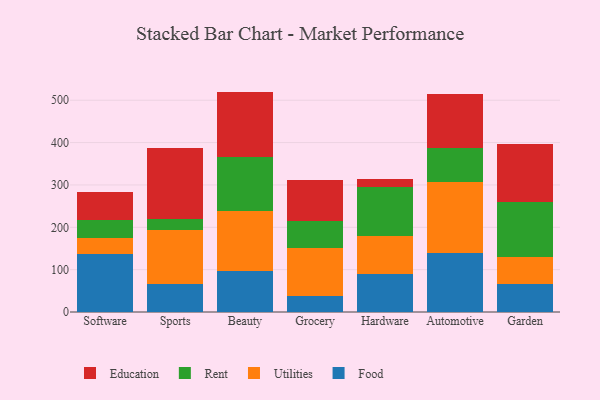
{"axis": {"x": "Category", "y": "Latency (ms)"}, "legend": ["Education", "Food", "Rent", "Utilities"], "data": [{"x": "Software", "y": 137.4, "type": "Food"}, {"x": "Software", "y": 36.4, "type": "Utilities"}, {"x": "Software", "y": 42.4, "type": "Rent"}, {"x": "Software", "y": 67.3, "type": "Education"}, {"x": "Sports", "y": 67.2, "type": "Food"}, {"x": "Sports", "y": 127.0, "type": "Utilities"}, {"x": "Sports", "y": 24.9, "type": "Rent"}, {"x": "Sports", "y": 168.6, "type": "Education"}, {"x": "Beauty", "y": 97.9, "type": "Food"}, {"x": "Beauty", "y": 141.6, "type": "Utilities"}, {"x": "Beauty", "y": 126.5, "type": "Rent"}, {"x": "Beauty", "y": 154.4, "type": "Education"}, {"x": "Grocery", "y": 38.7, "type": "Food"}, {"x": "Grocery", "y": 112.8, "type": "Utilities"}, {"x": "Grocery", "y": 62.8, "type": "Rent"}, {"x": "Grocery", "y": 97.0, "type": "Education"}, {"x": "Hardware", "y": 89.8, "type": "Food"}, {"x": "Hardware", "y": 89.5, "type": "Utilities"}, {"x": "Hardware", "y": 116.7, "type": "Rent"}, {"x": "Hardware", "y": 17.5, "type": "Education"}, {"x": "Automotive", "y": 138.6, "type": "Food"}, {"x": "Automotive", "y": 169.5, "type": "Utilities"}, {"x": "Automotive", "y": 79.0, "type": "Rent"}, {"x": "Automotive", "y": 126.5, "type": "Education"}, {"x": "Garden", "y": 65.2, "type": "Food"}, {"x": "Garden", "y": 63.5, "type": "Utilities"}, {"x": "Garden", "y": 130.8, "type": "Rent"}, {"x": "Garden", "y": 136.2, "type": "Education"}]}